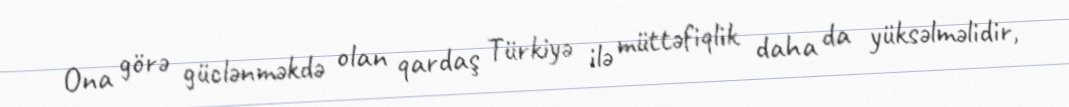
Ona görə güclənməkdə olan qardaş Türkiyə ilə müttəfiqlik daha da yüksəlməlidir,